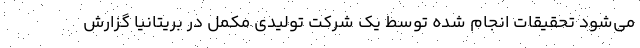
می‌شود تحقیقات انجام شده توسط یک شرکت تولیدی مکمل در بریتانیا گزارش